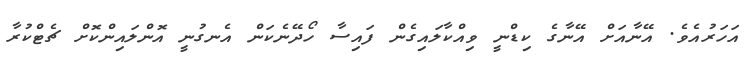
އަހަރުއެވެ. އޭނާއަށް އޭނާގެ ކިޑްނީ ވިއްކާލައިގެން ފައިސާ ހޯދޭނެކަން އެނގުނީ އޮންލައިންކޮށް ޗެޓްކުރާ